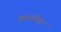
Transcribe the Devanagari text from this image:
तक़लीफ़